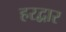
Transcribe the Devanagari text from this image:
हरद्वार